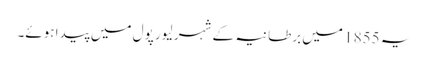
یہ 1855 میں برطانیہ کے شہر لیور پول میں پیدا ہوئے۔